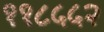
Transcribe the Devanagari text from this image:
११८५५२